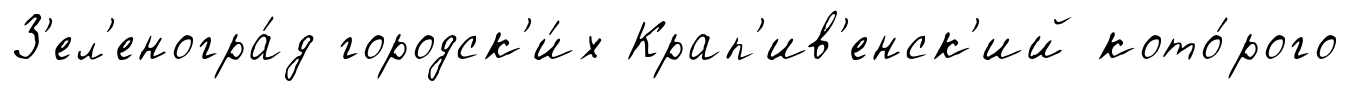
З'ел'еногра́д городск'и́х Крап'ив'енск'ий кото́рого